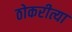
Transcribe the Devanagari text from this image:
ठोकरीत्या